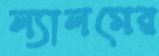
ল্যালমের